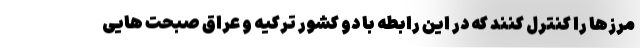
مرزها را کنترل کنند که در این رابطه با دو کشور ترکیه و عراق صبحت هایی